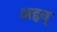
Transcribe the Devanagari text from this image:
अहन्